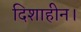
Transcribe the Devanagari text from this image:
दिशाहीन।